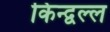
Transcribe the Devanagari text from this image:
किन्द्वल्ल